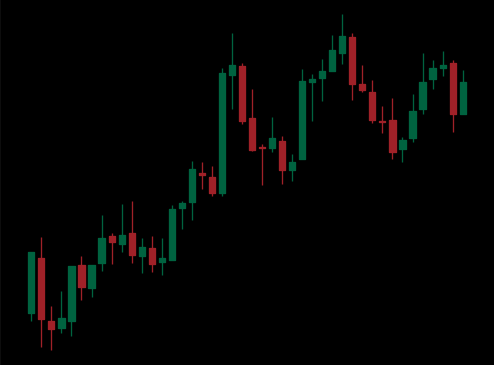
Pattern: bear_flag